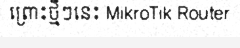
ព្រោះថ្មីៗនេះ MikroTik Router